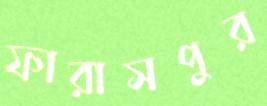
ফারাসপুর